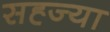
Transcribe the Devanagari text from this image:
सह्ज्या